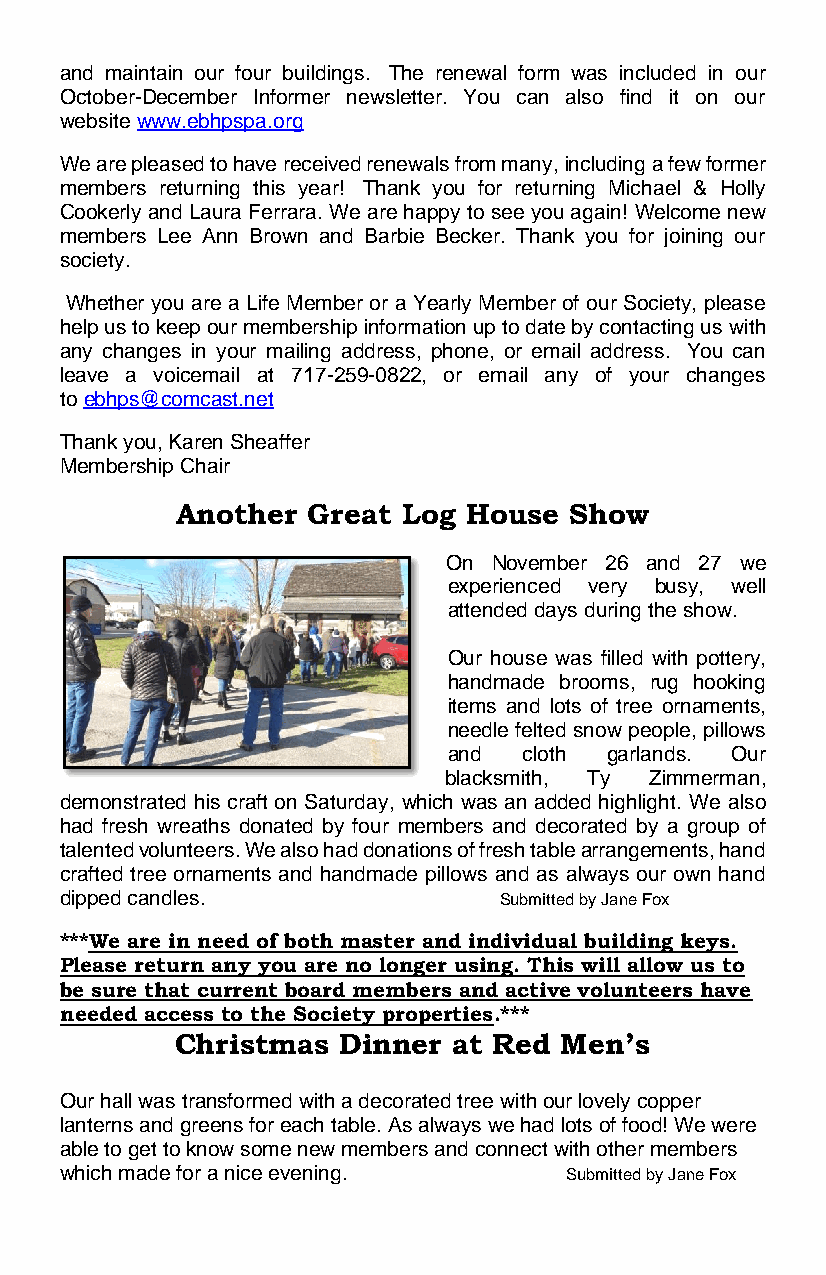
and maintain our four buildings. The renewal form was included in our
 October-December Informer newsletter. You can also find it on our
 website www.ebhpspa.org
 We are pleased to have received renewals from many, including a few former
 members returning this year! Thank you for returning Michael & Holly
 Cookerly and Laura Ferrara. We are happy to see you again! Welcome new
 members Lee Ann Brown and Barbie Becker. Thank you for joining our
 society.
 Whether you are a Life Member or a Yearly Member of our Society, please
 help us to keep our membership information up to date by contacting us with
 any changes in your mailing address, phone, or email address. You can
 leave a voicemail at 717-259-0822, or email any of your changes
 to ebhps@comcast.net
 Thank you, Karen Sheaffer
 Membership Chair
 Another Great  Log House  Show
 On  November 26 and 27 we
 experienced very busy, well
 attended days during the show.
 Our house was filled with pottery,
 handmade brooms, rug hooking
 items and lots of tree ornaments,
 needle felted snow people, pillows
 and  cloth garlands. Our
 blacksmith, Ty Zimmerman,
 demonstrated his craft on Saturday, which was an added highlight. We also
 had fresh wreaths donated by four members and decorated by a group of
 talented volunteers. We also had donations of fresh table arrangements, hand
 crafted tree ornaments and handmade pillows and as always our own hand
 dipped candles.              Submitted by Jane Fox
 ***We are in need of both master and individual building keys.
 Please return any you are no longer using. This will allow us to
 be sure that current board members and active volunteers have
 needed access to the Society properties.***
 Christmas Dinner  at Red Men’s
 Our hall was transformed with a decorated tree with our lovely copper
 lanterns and greens for each table. As always we had lots of food! We were
 able to get to know some new members and connect with other members
 which made for a nice evening.   Submitted by Jane Fox